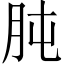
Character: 肫